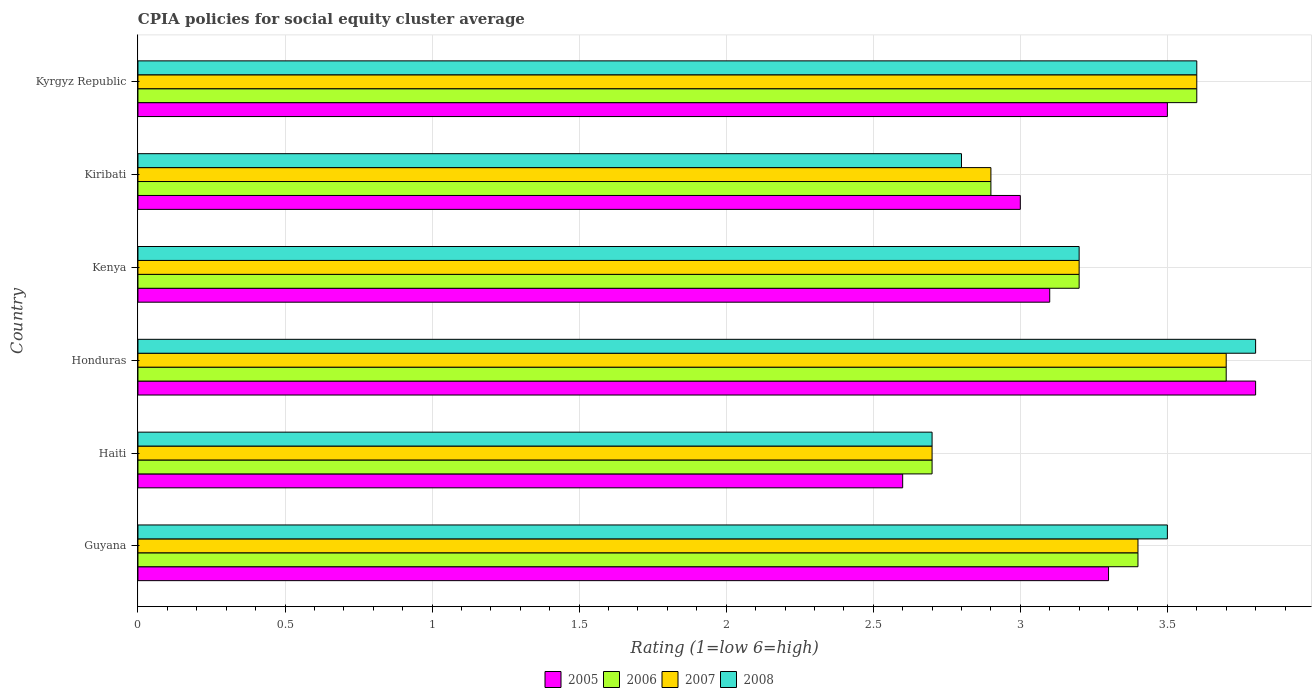
| Country | 2005 | 2006 | 2007 | 2008 |
 | --- | --- | --- | --- | --- |
 | Guyana | 3.3 | 3.4 | 3.4 | 3.5 |
 | Haiti | 2.6 | 2.7 | 2.7 | 2.7 |
 | Honduras | 3.8 | 3.7 | 3.7 | 3.8 |
 | Kenya | 3.1 | 3.2 | 3.2 | 3.2 |
 | Kiribati | 3 | 2.9 | 2.9 | 2.8 |
 | Kyrgyz Republic | 3.5 | 3.6 | 3.6 | 3.6 |